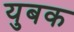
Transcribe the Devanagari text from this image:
युबक